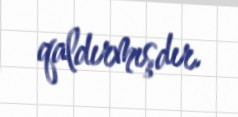
qaldırmışdır.